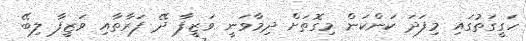
ހަގީގަތުގައި މިފަދަ ކަންކަން މިގޮތަށް ދިމާވަނީ ވަޒީފާ ދޭ ފަރާތާއި ވަޒީފާ ލިބޭ